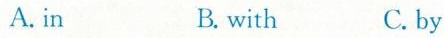
A. in B. with C. by